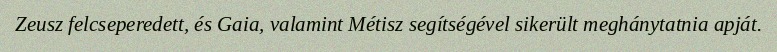
Zeusz felcseperedett, és Gaia, valamint Métisz segítségével sikerült meghánytatnia apját.